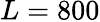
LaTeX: L=800